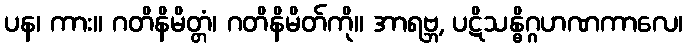
ပန၊ ကား။ ဂတိနိမိတ္တံ၊ ဂတိနိမိတ်ကို။ အာရဗ္ဘ, ပဋိသန္ဓိဂ္ဂဟဏကာလေ၊